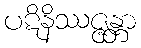
ပဋိနိဿဇ္ဇန္တာ